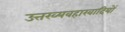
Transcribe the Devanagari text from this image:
उत्तरव्यवहारवादियों